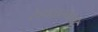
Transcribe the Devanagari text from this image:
टेहाळल्यावर